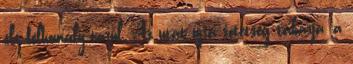
elé félhomály tárul. Az utat újra sötétség takarja, a